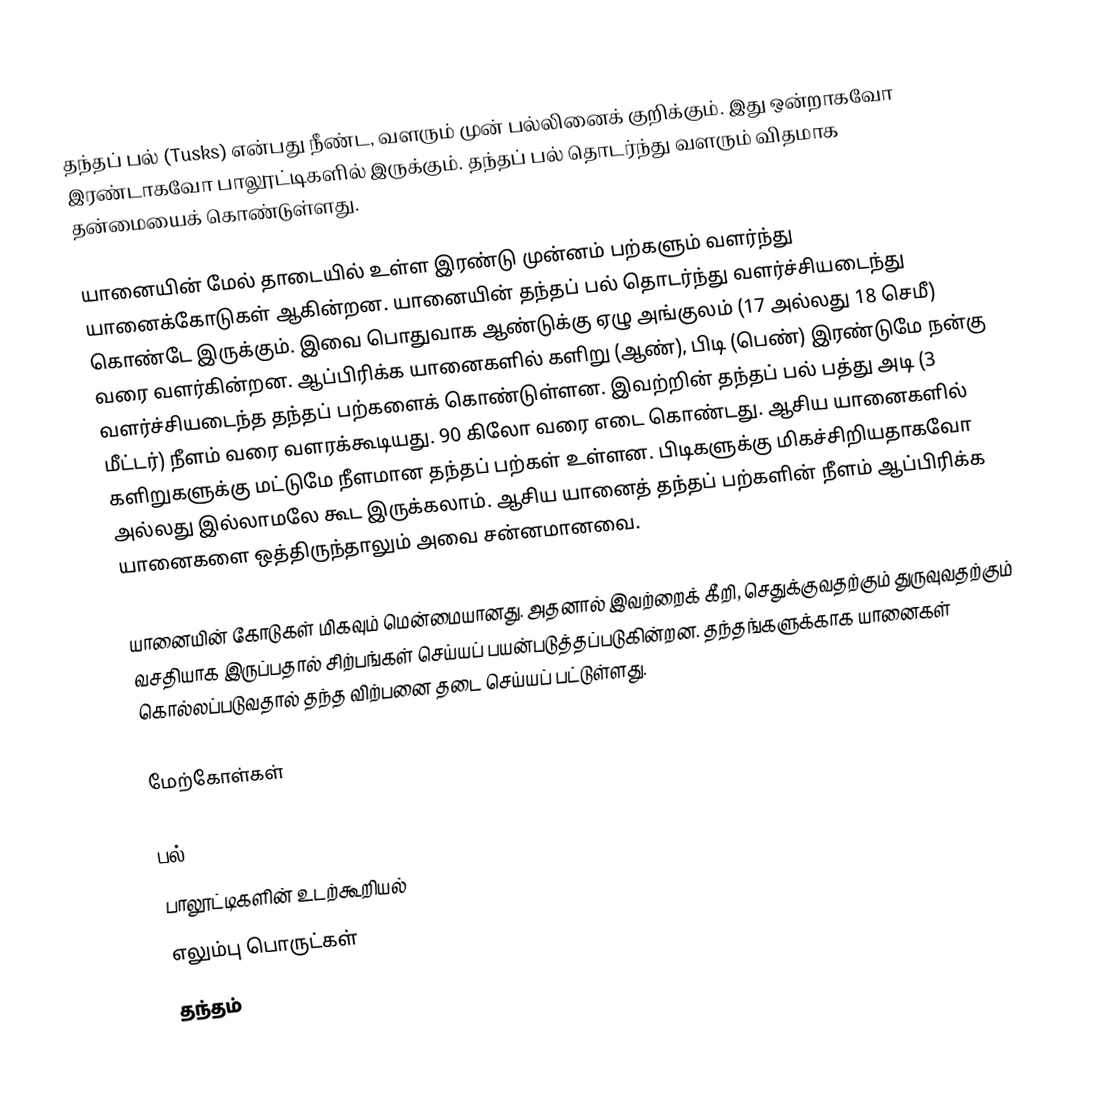
தந்தப் பல் (Tusks) என்பது நீண்ட, வளரும் முன் பல்லினைக் குறிக்கும். இது ஒன்றாகவோ இரண்டாகவோ பாலூட்டிகளில் இருக்கும். தந்தப் பல் தொடர்ந்து வளரும் விதமாக தன்மையைக் கொண்டுள்ளது.

யானையின் மேல் தாடையில் உள்ள இரண்டு முன்னம் பற்களும் வளர்ந்து யானைக்கோடுகள் ஆகின்றன. யானையின் தந்தப் பல் தொடர்ந்து வளர்ச்சியடைந்து கொண்டே இருக்கும். இவை பொதுவாக ஆண்டுக்கு ஏழு அங்குலம் (17 அல்லது 18 செமீ) வரை வளர்கின்றன. ஆப்பிரிக்க யானைகளில் களிறு (ஆண்), பிடி (பெண்) இரண்டுமே நன்கு வளர்ச்சியடைந்த தந்தப் பற்களைக் கொண்டுள்ளன. இவற்றின் தந்தப் பல் பத்து அடி (3 மீட்டர்)  நீளம் வரை வளரக்கூடியது. 90 கிலோ வரை எடை கொண்டது. ஆசிய யானைகளில் களிறுகளுக்கு மட்டுமே நீளமான தந்தப் பற்கள் உள்ளன. பிடிகளுக்கு மிகச்சிறியதாகவோ அல்லது இல்லாமலே கூட இருக்கலாம். ஆசிய யானைத் தந்தப் பற்களின் நீளம் ஆப்பிரிக்க யானைகளை ஒத்திருந்தாலும் அவை சன்னமானவை.

யானையின் கோடுகள் மிகவும் மென்மையானது. அதனால் இவற்றைக் கீறி, செதுக்குவதற்கும் துருவுவதற்கும் வசதியாக இருப்பதால் சிற்பங்கள் செய்யப் பயன்படுத்தப்படுகின்றன. தந்தங்களுக்காக யானைகள் கொல்லப்படுவதால் தந்த விற்பனை தடை செய்யப் பட்டுள்ளது.

மேற்கோள்கள்

பல்
பாலூட்டிகளின் உடற்கூறியல்
எலும்பு பொருட்கள்
தந்தம்